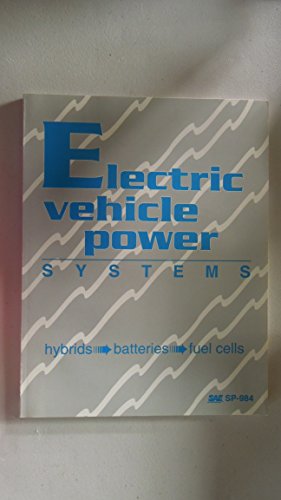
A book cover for Electric Vehicle Power Systems: Hybrids, Batteries, Fuel Cells (S P (Society of Automotive Engineers)); Society of Automotive Engineers; Engineering & Transportation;